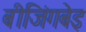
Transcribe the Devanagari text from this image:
बीजिंगबेइ